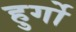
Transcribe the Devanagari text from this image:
हुर्गो